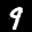
Label: 9